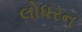
લોધરન